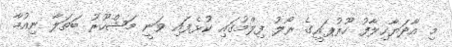
މި އާދަޔާހިލާފު ހޫރުޕަރީގެ ރޯލު ފިލްމުގައި ކުޅެފައި ވަނީ މަޝްހޫރު ބަތަލާ ނިއުމާ